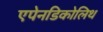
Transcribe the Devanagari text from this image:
एपेनडिकोलिथ